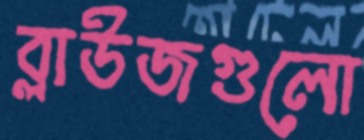
ব্লাউজগুলো